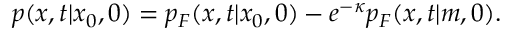
p ( x , t | x _ { 0 } , 0 ) = p _ { F } ( x , t | x _ { 0 } , 0 ) - e ^ { - \kappa } p _ { F } ( x , t | m , 0 ) .